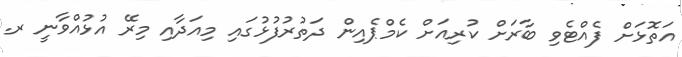
އަތޮޅަށް ފެއްޓެވި ބާރަށް ކުރިއަށް ކެމްޕެއިން ދަތުރުފުޅުގައި މިއަދާއި މިރޭ އުޅުއްވާނީ ރ.